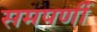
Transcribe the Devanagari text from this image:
समपर्णी